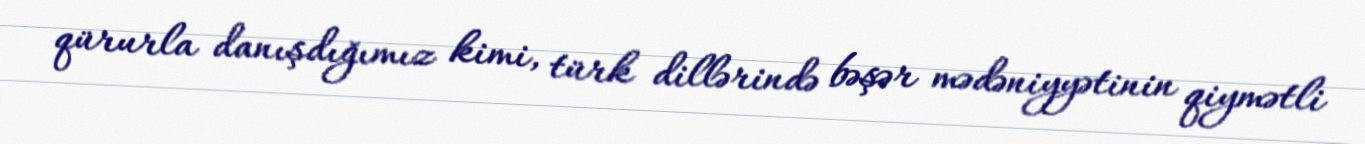
qürurla danışdığımız kimi, türk dillərində bəşər mədəniyyətinin qiymətli